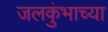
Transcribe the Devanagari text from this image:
जलकुंभाच्या